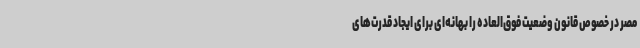
مصر در خصوص قانون وضعیت فوق‌العاده را بهانه‌ای برای ایجاد قدرت‌های